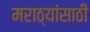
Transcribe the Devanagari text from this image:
मराठ्यांसाठी